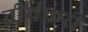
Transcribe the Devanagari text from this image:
तीर्थकरी